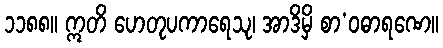
၁၁၈၈။ ဣတိ ဟေတုပကာရေသု၊ အာဒိမှိ စာ’ဝဓာရဏေ။